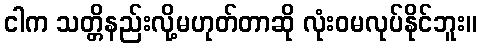
ငါက သတ္တိနည်းလို့မဟုတ်တာဆို လုံးဝမလုပ်နိုင်ဘူး။